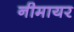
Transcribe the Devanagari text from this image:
नीमायर